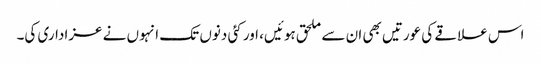
اس علاقے کی عورتیں بھی ان سے ملحق ہوئیں، اور کئی دنوں تک انہوں نے عزاداری کی۔